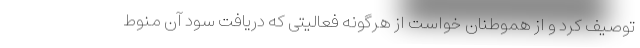
توصیف کرد و از هموطنان خواست از هرگونه فعالیتی که دریافت سود آن منوط